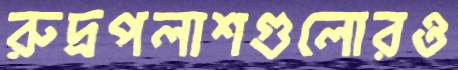
রুদ্রপলাশগুলোরও